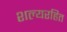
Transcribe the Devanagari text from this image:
शल्यरहित